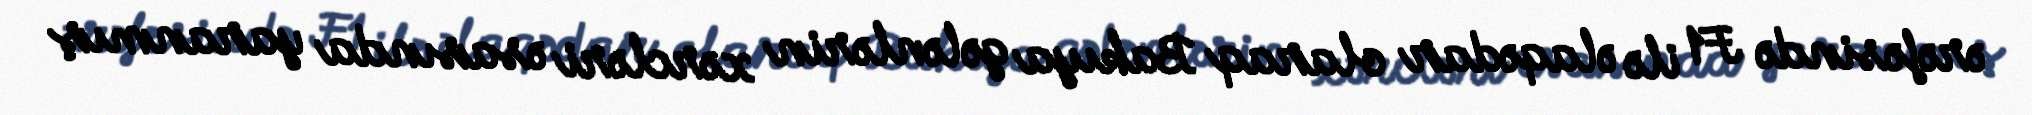
ərəfəsində F1 ilə əlaqədar olaraq Bakıya gələnlərin xərcləri əsasında yaranmış